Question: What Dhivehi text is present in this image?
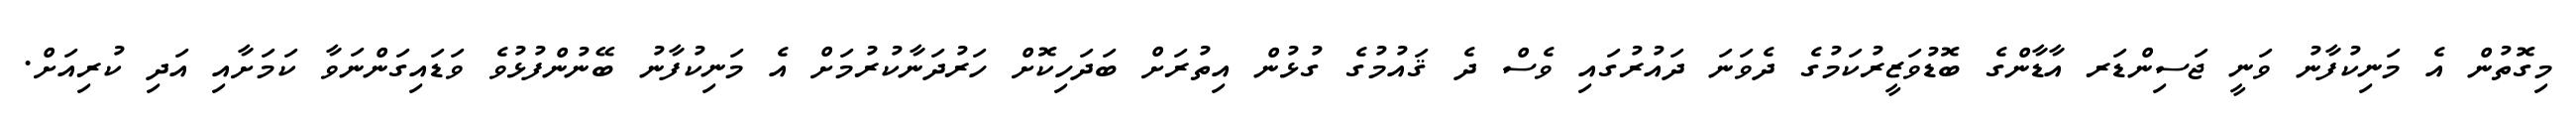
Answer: މިގޮތުން އެ މަނިކުފާނު ވަނީ ޖަސިންޑަރ އާޑާންގެ ބޮޑުވަޒީރުކަމުގެ ދެވަނަ ދައުރުގައި ވެސް ދެ ޤައުމުގެ ގުޅުން އިތުރަށް ބަދަހިކޮށް ހަރުދަނާކުރުމަށް އެ މަނިކުފާނު ބޭނުންފުޅުވެ ވަޑައިގަންނަވާ ކަމަށާއި އަދި ކުރިއަށް.